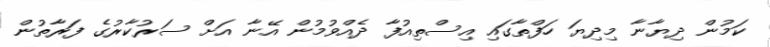
ކަމުން ދިޔާނާ މިދިޔަ ހަފްތާގައި އިސްތިއުފާ ދެއްވުމުން އޭނާ އަށް ސަރުކާރުގެ ފަރާތުން